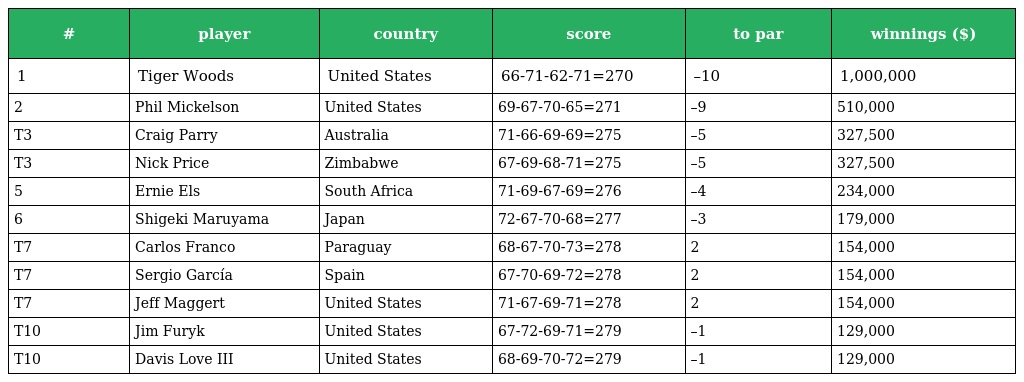
| # | player | country | score | to par | winnings ($) |
 | --- | --- | --- | --- | --- | --- |
 | 1 | Tiger Woods | United States | 66-71-62-71=270 | –10 | 1,000,000 |
 | 2 | Phil Mickelson | United States | 69-67-70-65=271 | –9 | 510,000 |
 | T3 | Craig Parry | Australia | 71-66-69-69=275 | –5 | 327,500 |
 | T3 | Nick Price | Zimbabwe | 67-69-68-71=275 | –5 | 327,500 |
 | 5 | Ernie Els | South Africa | 71-69-67-69=276 | –4 | 234,000 |
 | 6 | Shigeki Maruyama | Japan | 72-67-70-68=277 | –3 | 179,000 |
 | T7 | Carlos Franco | Paraguay | 68-67-70-73=278 | 2 | 154,000 |
 | T7 | Sergio García | Spain | 67-70-69-72=278 | 2 | 154,000 |
 | T7 | Jeff Maggert | United States | 71-67-69-71=278 | 2 | 154,000 |
 | T10 | Jim Furyk | United States | 67-72-69-71=279 | –1 | 129,000 |
 | T10 | Davis Love III | United States | 68-69-70-72=279 | –1 | 129,000 |